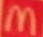
M